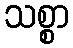
သစ္စာ